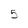
Character: 5